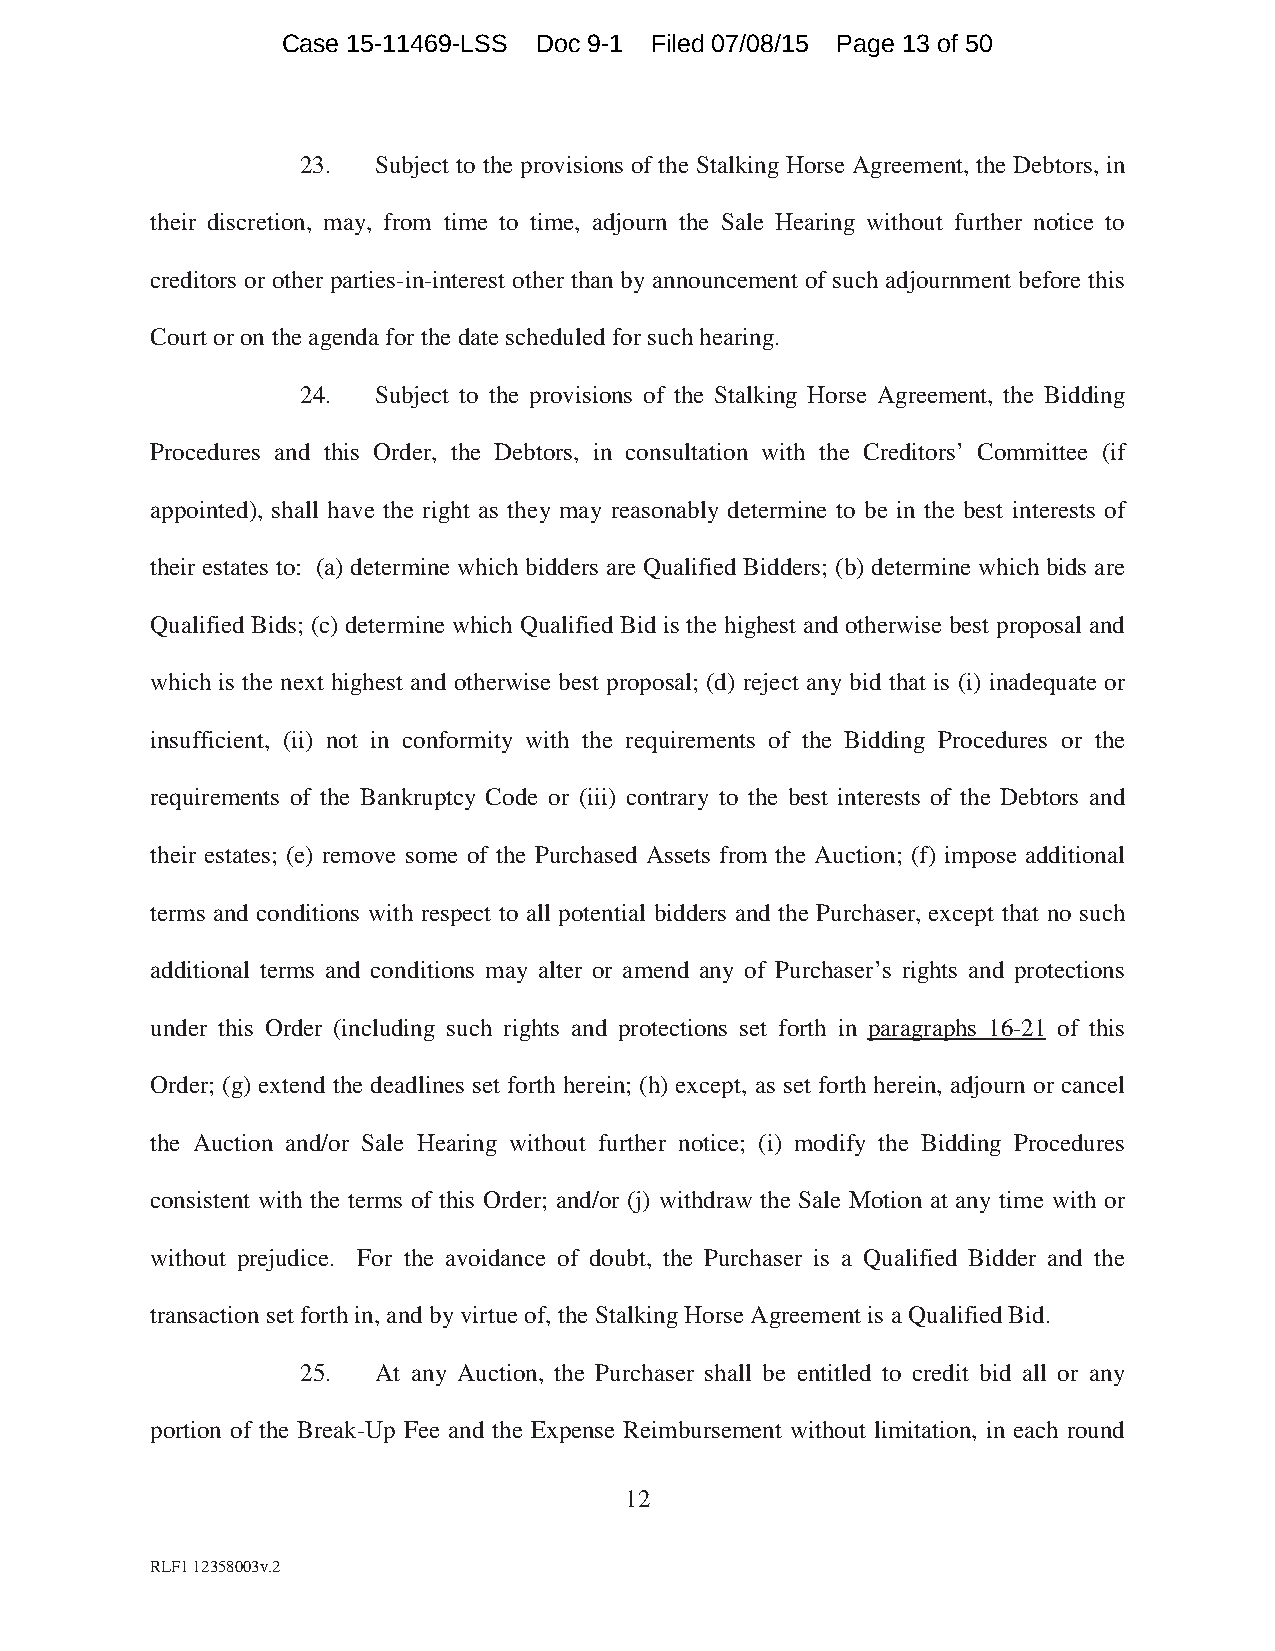
Case 15-11469-LSS Doc 9-1 Filed 07/08/15 Page 13 of 50
 23.  Subject to the provisions of the Stalking Horse Agreement, the Debtors, in
 their discretion, may, from time to time, adjourn the Sale Hearing without further notice to
 creditors or other parties-in-interest other than by announcement of such adjournment before this
 Court or on the agenda for the date scheduled for such hearing.
 24.  Subject to the provisions of the Stalking Horse Agreement, the Bidding
 Procedures and this Order, the Debtors, in consultation with the Creditors’ Committee (if
 appointed), shall have the right as they may reasonably determine to be in the best interests of
 their estates to: (a) determine which bidders are Qualified Bidders; (b) determine which bids are
 Qualified Bids; (c) determine which Qualified Bid is the highest and otherwise best proposal and
 which is the next highest and otherwise best proposal; (d) reject any bid that is (i) inadequate or
 insufficient, (ii) not in conformity with the requirements of the Bidding Procedures or the
 requirements of the Bankruptcy Code or (iii) contrary to the best interests of the Debtors and
 their estates; (e) remove some of the Purchased Assets from the Auction; (f) impose additional
 terms and conditions with respect to all potential bidders and the Purchaser, except that no such
 additional terms and conditions may alter or amend any of Purchaser’s rights and protections
 under this Order (including such rights and protections set forth in paragraphs 16-21 of this
 Order; (g) extend the deadlines set forth herein; (h) except, as set forth herein, adjourn or cancel
 the Auction and/or Sale Hearing without further notice; (i) modify the Bidding Procedures
 consistent with the terms of this Order; and/or (j) withdraw the Sale Motion at any time with or
 without prejudice. For the avoidance of doubt, the Purchaser is a Qualified Bidder and the
 transaction set forth in, and by virtue of, the Stalking Horse Agreement is a Qualified Bid.
 25.  At any Auction, the Purchaser shall be entitled to credit bid all or any
 portion of the Break-Up Fee and the Expense Reimbursement without limitation, in each round
 12
 RLF1 12358003v.2